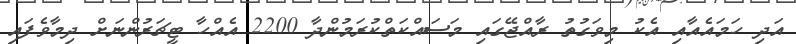
އަދި ހަމައެއާއި އެކު މިވަގުތު ރާއްޖޭގައި މަސައްކަތްކުރަމުންދާ 2200 އެއްހާ ޓީޗަރުންނަށް ދިމާވެފައި